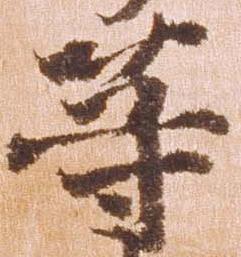
等